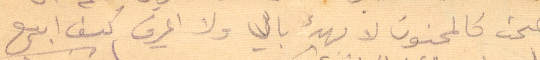
أصبحت كالمجنون لا يهدئ بالي ولا اعرف كيف ابيع